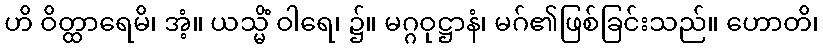
ဟိ ဝိတ္ထာရေမိ၊ အံ့။ ယသ္မိံ ဝါရေ၊ ၌။ မဂ္ဂဝုဋ္ဌာနံ၊ မဂ်၏ဖြစ်ခြင်းသည်။ ဟောတိ၊